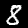
Digit: 8